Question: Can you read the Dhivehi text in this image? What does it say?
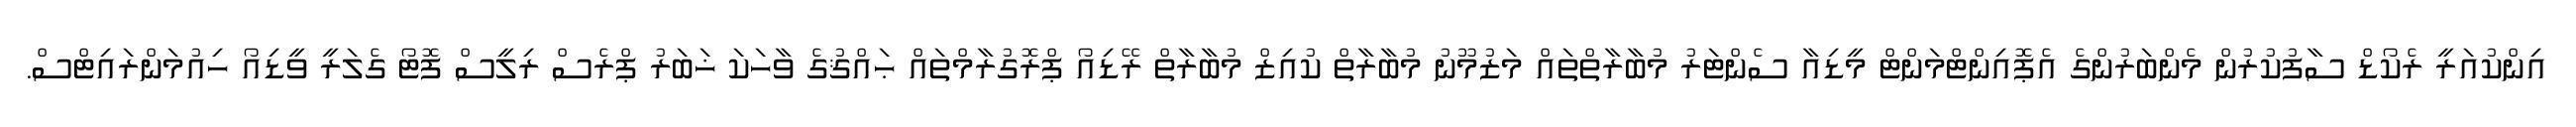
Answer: އިންކުއަރީ ރެކޯޑް ސާފުކުރުން މެންބަރުންގެ އެޕޮއިންޓްމަންޓް މީޑިއާ ސެންޓަރު މުބާރާތްތައް މަޒުމޫނު މުބާރާތް ކުއިޒް މުބާރާތް ރޭޑިއޯ ޕްރޮގުރާމްތައް ޙައްޤުގެ ވާހަކަ ޚަބަރު ޕްރެސް ރިލީސް ފޮޓޯ ގެލަރީ ވީޑިއޯ ހިއުމަންރައިޓްސް.